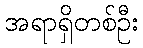
အရာရှိတစ်ဦး